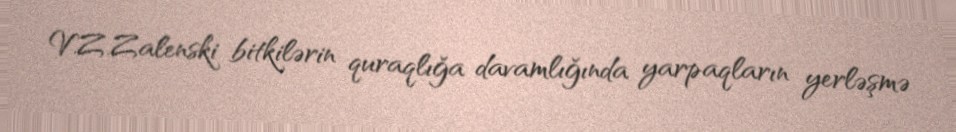
V.Z.Zalenski bitkilərin quraqlığa davamlığında yarpaqların yerləşmə